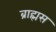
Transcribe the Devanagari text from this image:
ब्राह्मस